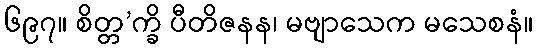
၆၉၇။ စိတ္တ’က္ခိ ပီတိဇနန၊ မဗျာသေက မသေစနံ။